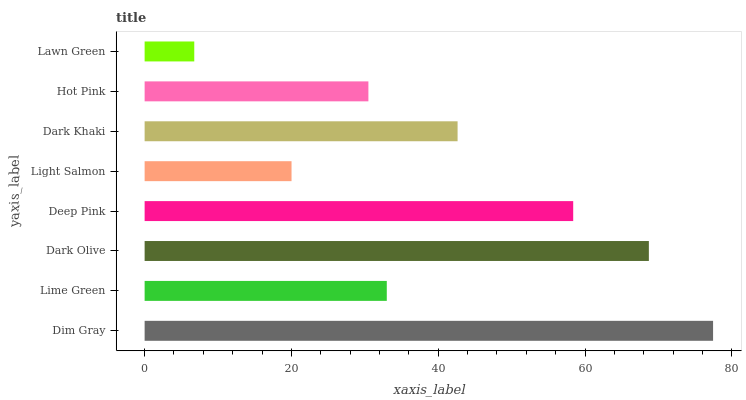
| yaxis_label | bars |
 | --- | --- |
 | Dim Gray | 77.4 |
 | Lime Green | 33 |
 | Dark Olive | 68.7 |
 | Deep Pink | 58.4 |
 | Light Salmon | 20 |
 | Dark Khaki | 42.6 |
 | Hot Pink | 30.5 |
 | Lawn Green | 6.76 |